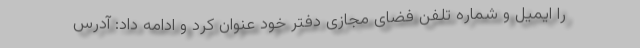
را ایمیل و شماره تلفن فضای مجازی دفتر خود عنوان کرد و ادامه داد: آدرس